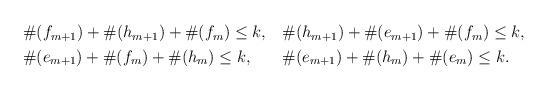
LaTeX: \begin{align*}\begin{alignedat}{2}&\#(f_{m+1}) + \#(h_{m+1}) + \#(f_{m}) \leq k, \quad& &\#(h_{m+1}) + \#(e_{m+1}) + \#(f_{m}) \leq k, \\&\#(e_{m+1}) + \#(f_{m}) + \#(h_{m}) \leq k,\quad& &\#(e_{m+1}) + \#(h_{m}) + \#(e_{m}) \leq k.\end{alignedat}\end{align*}